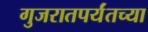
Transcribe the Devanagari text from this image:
गुजरातपर्यंतच्या